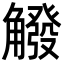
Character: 䚨